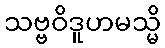
သဗ္ဗဝိဒူဟမသ္မိ